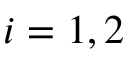
i = 1 , 2